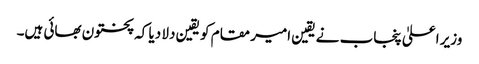
وزیر اعلیٰ پنجاب نے یقین امیر مقام کو یقین دلا دیا کہ پختون بھائی ہیں۔